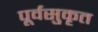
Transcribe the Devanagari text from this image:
पूर्वसुकृत